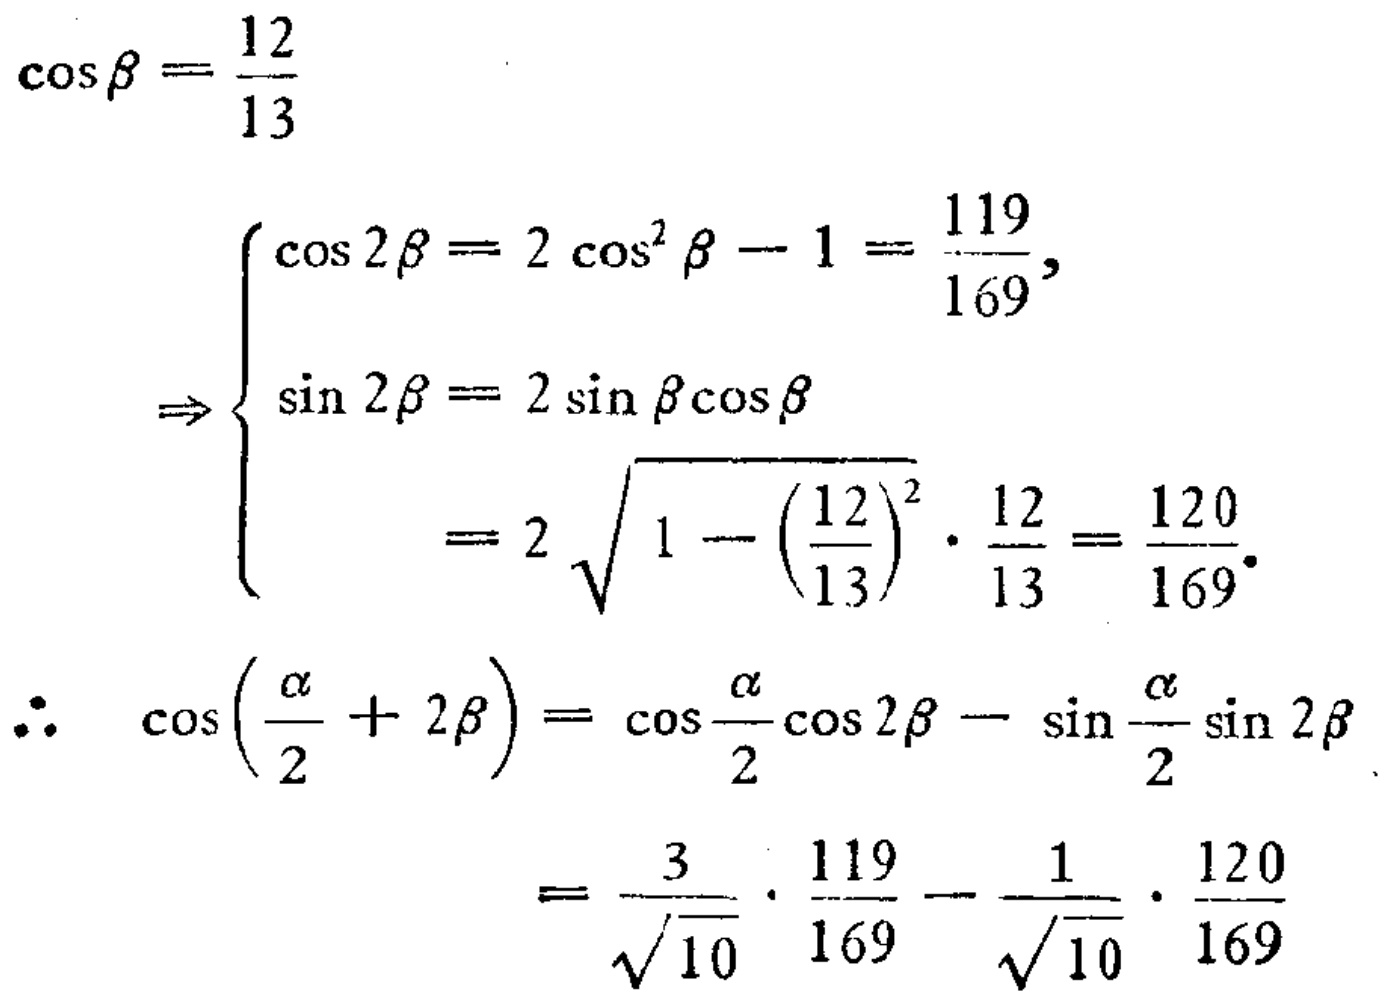
\[\begin{align*}
\cos\beta&=\frac{12}{13}\\
&\Rightarrow
\begin{cases}
\cos2\beta = 2\cos^{2}\beta - 1=\frac{119}{169},\\
\sin2\beta = 2\sin\beta\cos\beta\\
\ \ \ \ \ \ \ \ \ \ = 2\sqrt{1 - (\frac{12}{13})^{2}}\cdot\frac{12}{13}=\frac{120}{169}.
\end{cases}\\
\therefore\ \cos(\frac{\alpha}{2}+2\beta)&=\cos\frac{\alpha}{2}\cos2\beta-\sin\frac{\alpha}{2}\sin2\beta\\
&=\frac{3}{\sqrt{10}}\cdot\frac{119}{169}-\frac{1}{\sqrt{10}}\cdot\frac{120}{169}
\end{align*}\]